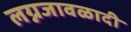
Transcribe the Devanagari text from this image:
लग्नजावळादी